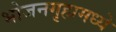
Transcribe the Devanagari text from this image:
भोजनगृहामध्ये